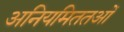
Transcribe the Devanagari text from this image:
अनियमिततओं